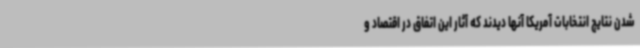
شدن نتایج انتخابات آمریکا آنها دیدند که آثار این اتفاق در اقتصاد و